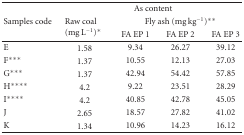
<table><thead><tr><td><b> </b></td><td colspan="4"><b>As content</b></td></tr><tr><td><b>Samples code</b></td><td rowspan="2"><b>Raw coal (mg L<sup>−1</sup>)*</b></td><td colspan="3"><b>Fly ash (mg kg<sup>−1</sup>)**</b></td></tr><tr><td><b> </b></td><td><b>FA EP 1</b></td><td><b>FA EP 2</b></td><td><b>FA EP 3</b></td></tr></thead><tbody><tr><td>E</td><td>1.58</td><td>9.34</td><td>26.27</td><td>39.12</td></tr><tr><td>F***</td><td>1.37</td><td>10.55</td><td>12.13</td><td>27.03</td></tr><tr><td>G***</td><td>1.37</td><td>42.94</td><td>54.42</td><td>57.85</td></tr><tr><td>H****</td><td>4.2</td><td>9.22</td><td>23.51</td><td>28.29</td></tr><tr><td>I****</td><td>4.2</td><td>40.85</td><td>42.78</td><td>45.05</td></tr><tr><td>J</td><td>2.65</td><td>18.57</td><td>27.82</td><td>41.02</td></tr><tr><td>K</td><td>1.34</td><td>10.96</td><td>14.23</td><td>16.12</td></tr></tbody></table>